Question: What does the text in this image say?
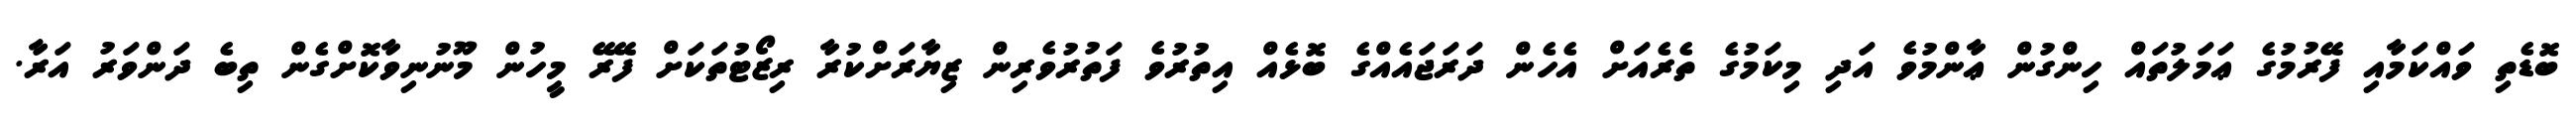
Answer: ބޮޑެތި ވައްކަމާއި ފޭރުމުގެ ޢަމަލުތައް ހިންގުން ޢާންމުވެ އަދި މިކަމުގެ ތެރެއަށް އެހެން ދަރަޖައެއްގެ ބޮޅެއް އިތުރުވެ ފަތުރުވެރިން ޒިޔާރަށްކުރާ ރިޒޯޓުތަކަށް ފޭރޭ މީހުން މޫނުނިވާކޮށްގެން ތިބެ ދަންވަރު އަރާ.